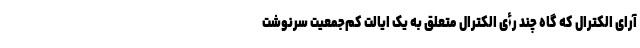
آرای الکترال که گاه چند رأی الکترال متعلق به یک ایالت کم‌جمعیت سرنوشت